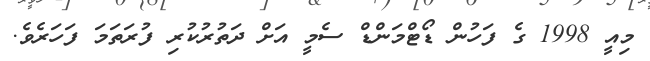
މިއީ 1998 ގެ ފަހުން ޑޯޓްމަންޑް ސެމީ އަށް ދަތުރުކުރި ފުރަތަމަ ފަހަރެވެ.